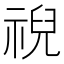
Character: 𫀗